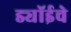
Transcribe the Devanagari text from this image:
ड्यॉईचे